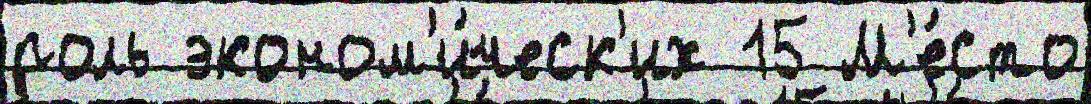
роль эконом'и́ческ'их 15 М'е́сто